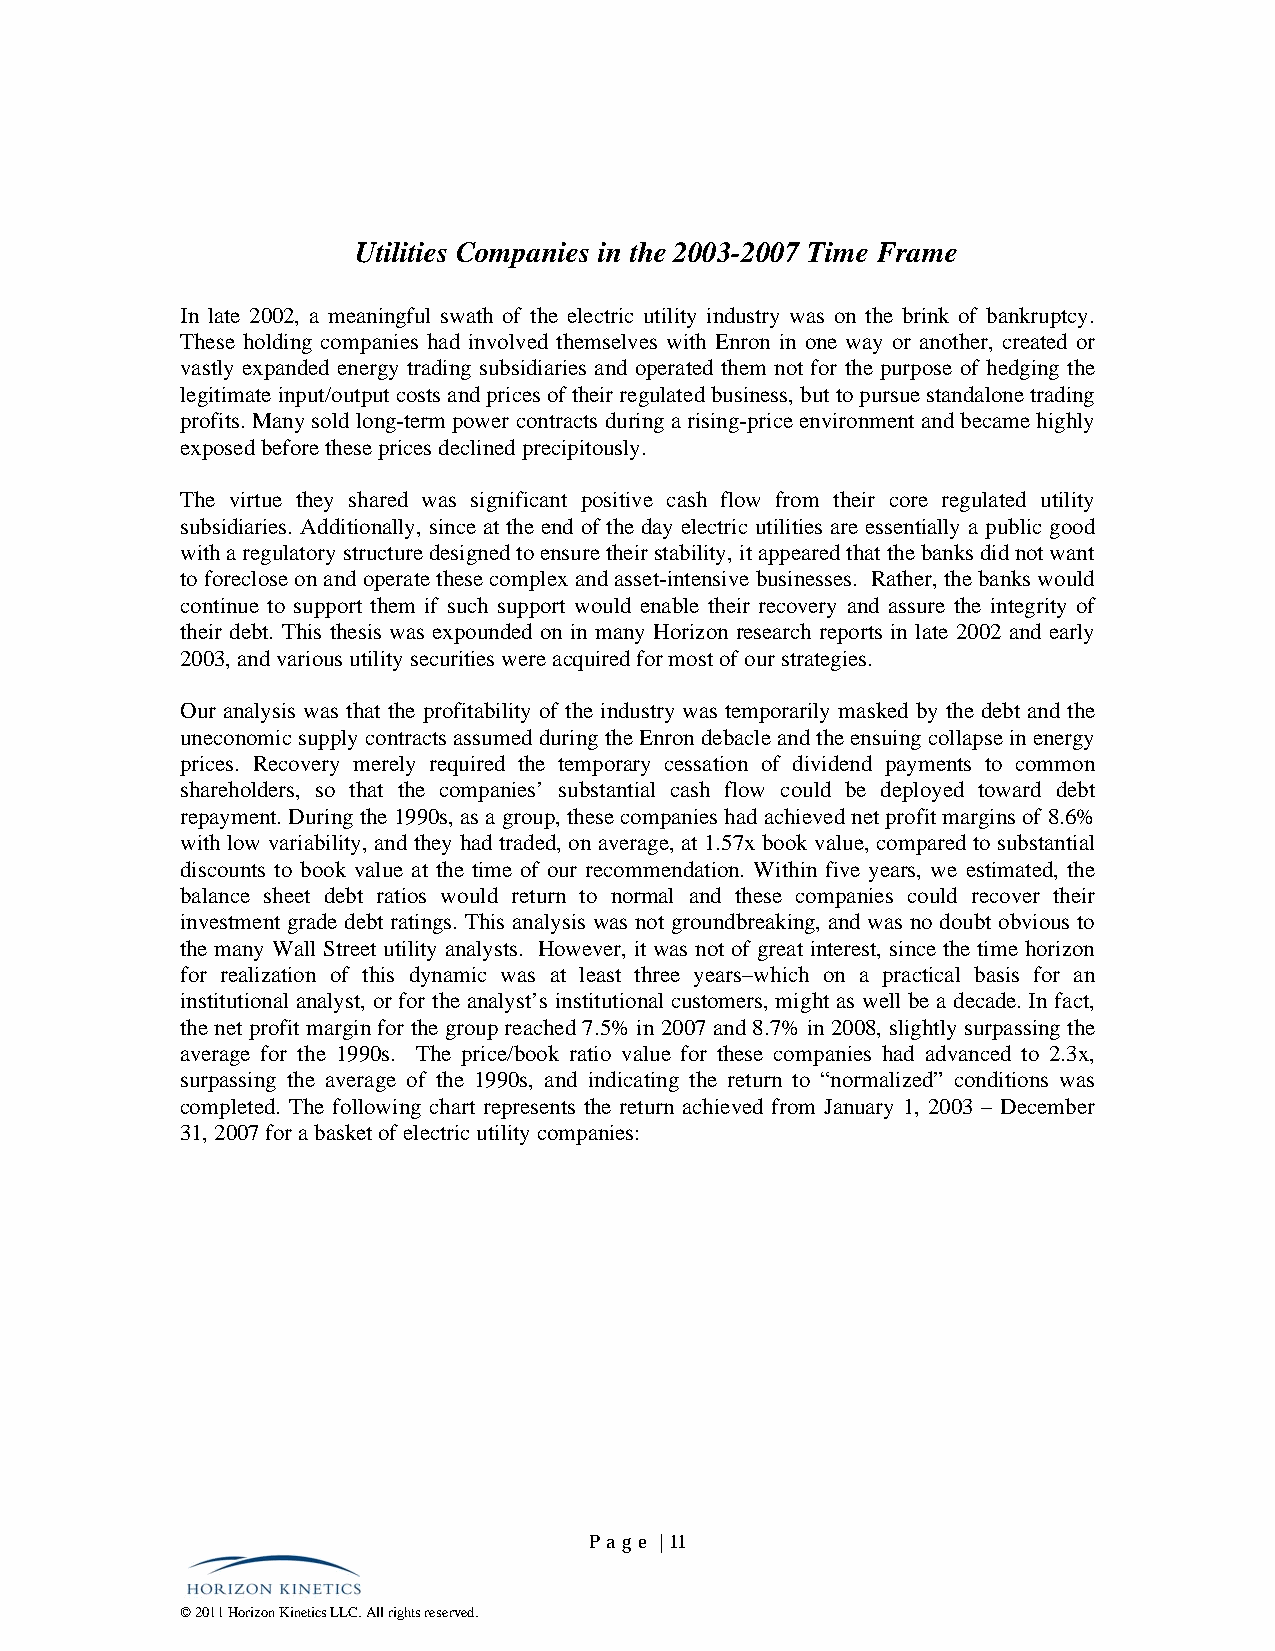
Utilities Companies in the 2003-2007 Time Frame
 In late 2002, a meaningful swath of the electric utility industry was on the brink of bankruptcy.
 These holding companies had involved themselves with Enron in one way or another, created or
 vastly expanded energy trading subsidiaries and operated them not for the purpose of hedging the
 legitimate input/output costs and prices of their regulated business, but to pursue standalone trading
 profits. Many sold long-term power contracts during a rising-price environment and became highly
 exposed before these prices declined precipitously.
 The virtue they shared was significant positive cash flow from their core regulated utility
 subsidiaries. Additionally, since at the end of the day electric utilities are essentially a public good
 with a regulatory structure designed to ensure their stability, it appeared that the banks did not want
 to foreclose on and operate these complex and asset-intensive businesses. Rather, the banks would
 continue to support them if such support would enable their recovery and assure the integrity of
 their debt. This thesis was expounded on in many Horizon research reports in late 2002 and early
 2003, and various utility securities were acquired for most of our strategies.
 Our analysis was that the profitability of the industry was temporarily masked by the debt and the
 uneconomic supply contracts assumed during the Enron debacle and the ensuing collapse in energy
 prices. Recovery merely required the temporary cessation of dividend payments to common
 shareholders, so that the companies’ substantial cash flow could be deployed toward debt
 repayment. During the 1990s, as a group, these companies had achieved net profit margins of 8.6%
 with low variability, and they had traded, on average, at 1.57x book value, compared to substantial
 discounts to book value at the time of our recommendation. Within five years, we estimated, the
 balance sheet debt ratios would return to normal and these companies could recover their
 investment grade debt ratings. This analysis was not groundbreaking, and was no doubt obvious to
 the many Wall Street utility analysts. However, it was not of great interest, since the time horizon
 for realization of this dynamic was at least three years–which on a practical basis for an
 institutional analyst, or for the analyst’s institutional customers, might as well be a decade. In fact,
 the net profit margin for the group reached 7.5% in 2007 and 8.7% in 2008, slightly surpassing the
 average for the 1990s. The price/book ratio value for these companies had advanced to 2.3x,
 surpassing the average of the 1990s, and indicating the return to “normalized” conditions was
 completed. The following chart represents the return achieved from January 1, 2003 – December
 31, 2007 for a basket of electric utility companies:
 Pa ge | 11
 © 2011 Horizon Kinetics LLC. All rights reserved.